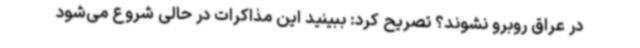
در عراق روبرو نشوند؟ تصریح کرد: ببینید این مذاکرات در حالی شروع می‌شود